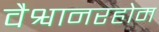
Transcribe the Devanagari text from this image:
वैश्वानरहोम